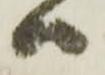
ハ